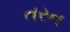
તરન